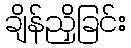
ချိန်ညှိခြင်း